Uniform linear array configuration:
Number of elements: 32
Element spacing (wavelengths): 0.75
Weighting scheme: blackman
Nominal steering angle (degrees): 0
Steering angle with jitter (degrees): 0.7416
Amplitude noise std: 0.05
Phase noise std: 0.05

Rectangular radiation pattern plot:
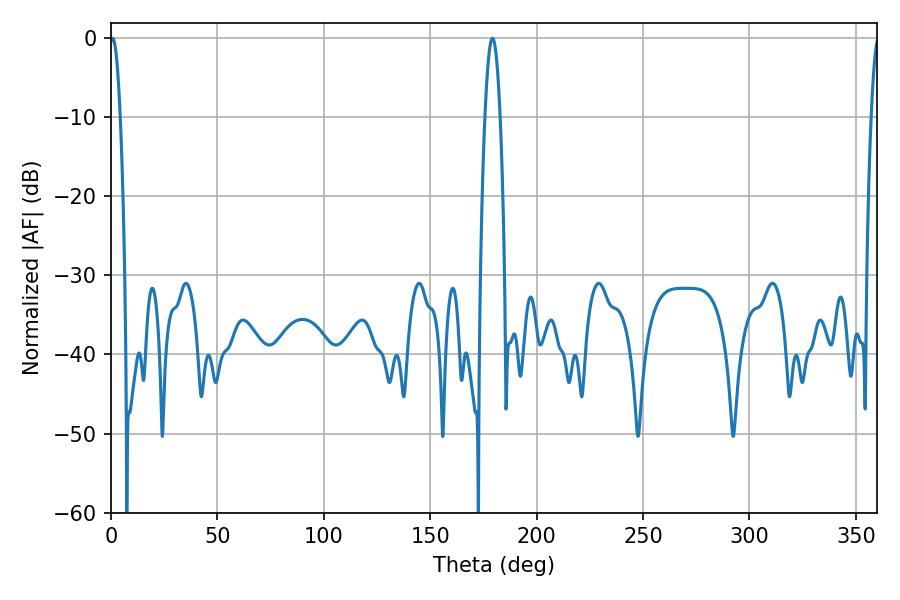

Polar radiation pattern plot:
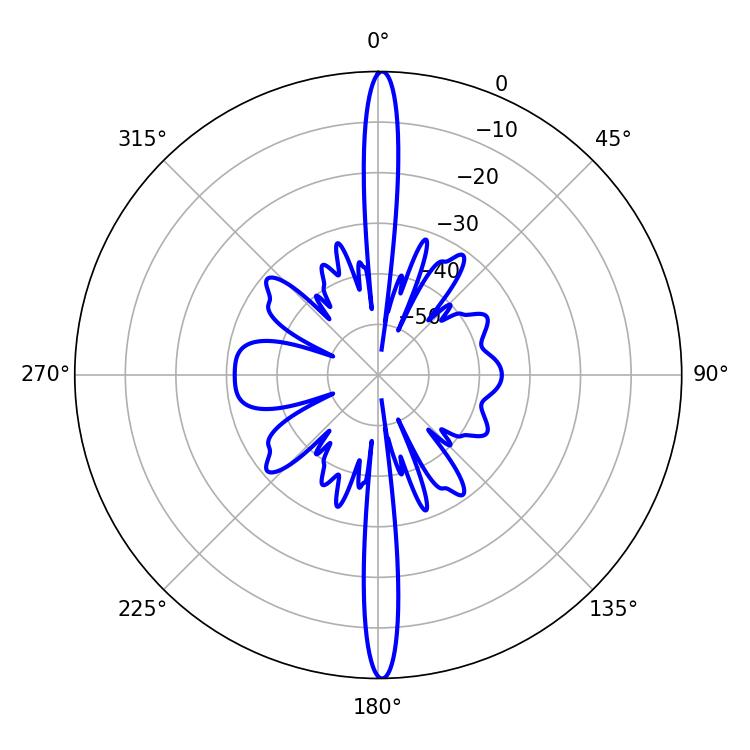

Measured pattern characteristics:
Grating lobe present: TRUE
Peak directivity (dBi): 30.762
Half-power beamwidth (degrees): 2.7
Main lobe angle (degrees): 0.72